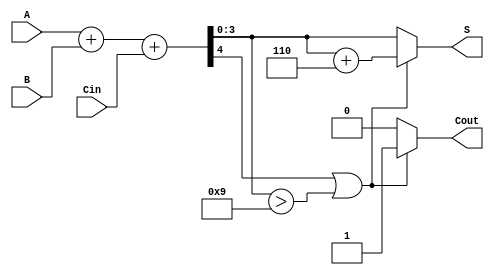
module BCD_Conditional_Adder (
    input [3:0] A,          // BCD input A
    input [3:0] B,          // BCD input B
    input Cin,              // Carry input
    output reg [3:0] S,     // BCD output sum
    output reg Cout         // Carry output
);

    wire [4:0] Sum;         // 5-bit intermediate sum
    wire Adj;               // Adjustment signal

    // Calculate intermediate sum
    assign Sum = A + B + Cin;

    // Determine if an adjustment is necessary
    assign Adj = (Sum[4] || Sum[3:0] > 9);

    always @(*) begin
        if (Adj) begin
            S = Sum[3:0] + 6; // Apply correction for BCD
            Cout = 1;         // Set carry out if adjustment is made
        end else begin
            S = Sum[3:0];     // Assign the sum directly if valid BCD
            Cout = 0;         // No carry out if no adjustment needed
        end
    end

endmodule